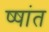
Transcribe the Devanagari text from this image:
ष्षांत